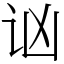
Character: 讻